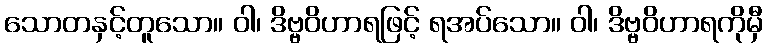
သောတနှင့်တူသော။ ဝါ၊ ဒိဗ္ဗဝိဟာရဖြင့် ရအပ်သော။ ဝါ၊ ဒိဗ္ဗဝိဟာရကိုမှီ